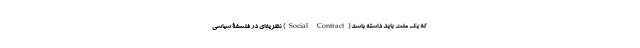
که یک ملت باید داشته باشد (Social Contract) نظریه‌ای در فلسفۀ سیاسی